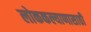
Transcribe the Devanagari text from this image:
लोककल्याणासाठी